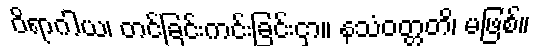
ဝိရာဂါယ၊ တင်ခြင်းကင်းခြင်းငှာ။ နသံဝတ္တတိ၊ မဖြစ်။